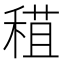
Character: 𥠙